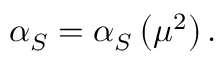
\alpha _ { S } = \alpha _ { S } \left( \mu ^ { 2 } \right) .